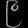
Digit: ၉